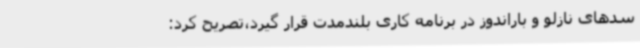
سدهای نازلو و باراندوز در برنامه کاری بلندمدت قرار گیرد،تصریح کرد: